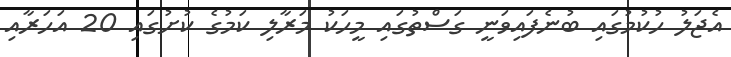
އެޖަލު ހުކުމުގައި ބުނެފައިވަނީ ގަސްތުގައި މީހަކު މަރާލި ކަމުގެ ކުށުގައި 20 އަހަރާއި